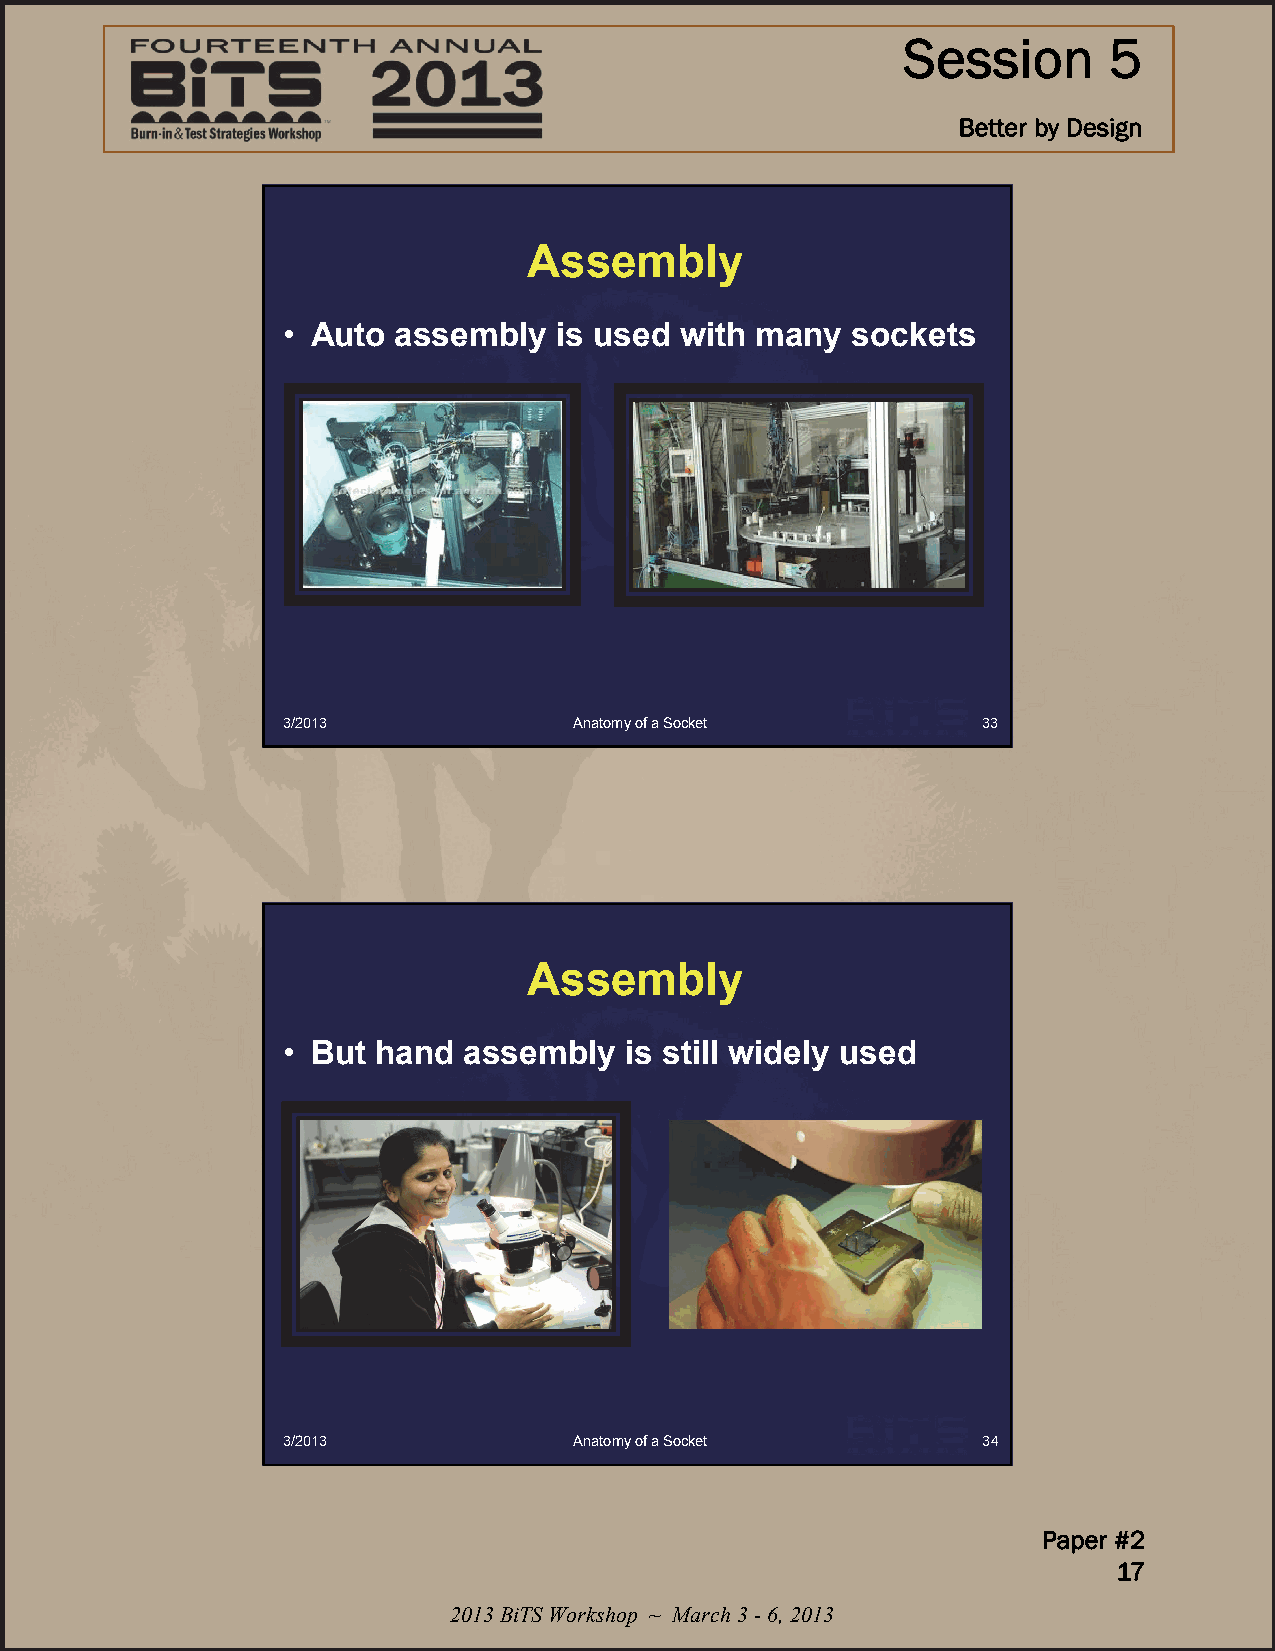
Session      5
 Better by Design
 Assembly
 • Auto assembly   is used with many  sockets
 3/2013             Anatomy of a Socket        33
 Assembly
 • But hand  assembly  is still widely used
 3/2013             Anatomy of a Socket        34
 Paper #2
 17
 2013 BiTS Workshop ~ March 3 -6, 2013